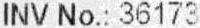
INV NO.: 36173